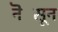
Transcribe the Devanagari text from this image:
नॆसून